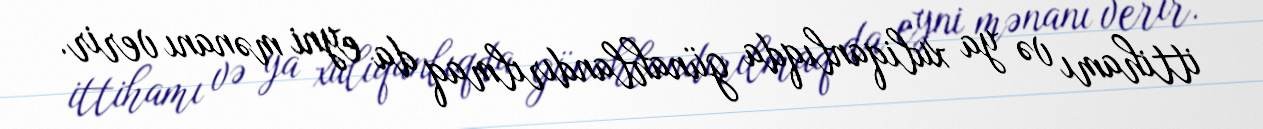
ittihamı və ya xuliqanlıqda günahlandırılmaq da eyni mənanı verir.